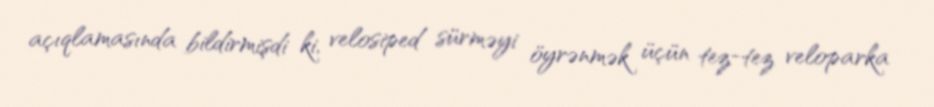
açıqlamasında bildirmişdi ki, velosiped sürməyi öyrənmək üçün tez-tez veloparka